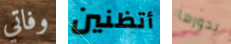
وفاتي أتظنين بدورها